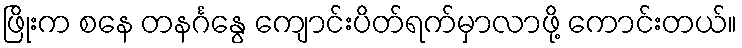
ဖြိုးက စနေ တနင်္ဂနွေ ကျောင်းပိတ်ရက်မှာလာဖို့ ကောင်းတယ်။